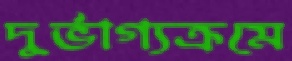
দুর্ভাগ্যক্রমে